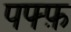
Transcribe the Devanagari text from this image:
पफ्फ़